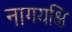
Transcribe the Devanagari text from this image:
नागयक्षि